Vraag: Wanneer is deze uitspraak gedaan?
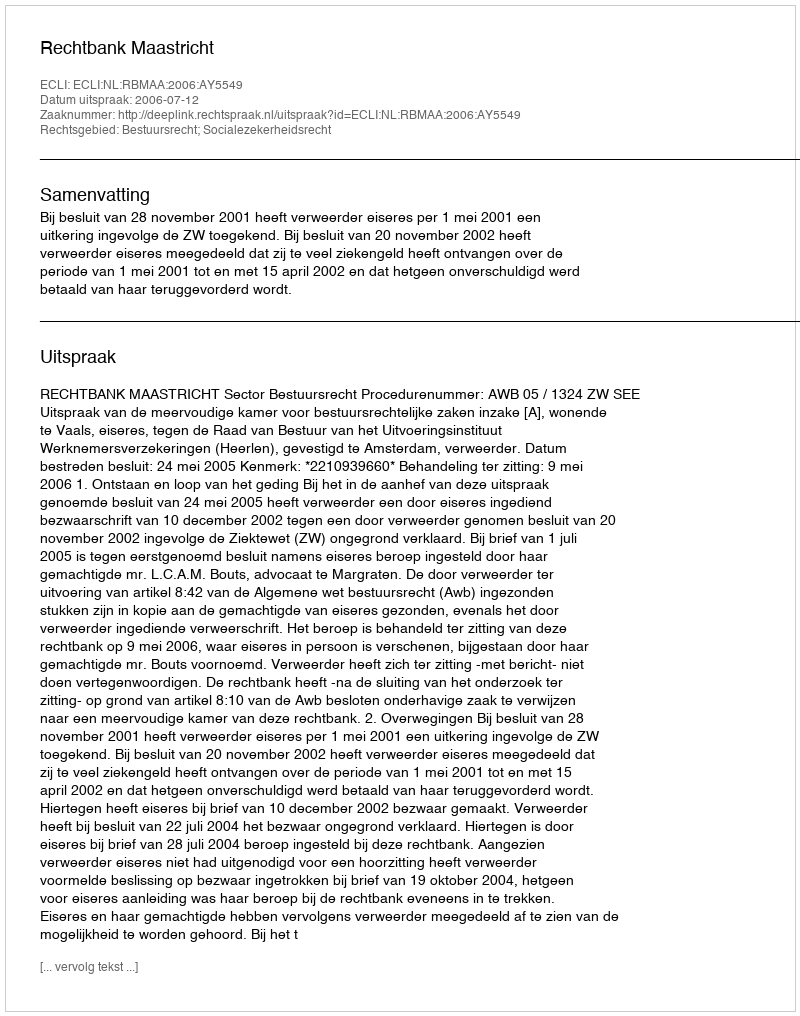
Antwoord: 2006-07-12